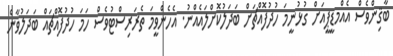
ބާޤިންވެސް އެއްމޑީޕީއަށް ގުޅުނީމަ ހުދުފޮއްޗަށް ބަދަލުކޮށްލައެއްނު. އެހެންވީމަ ތެރަރިސްޓުވެސް ހަމަ ހުދުފޮއްޗައް ބަދަލުވާން